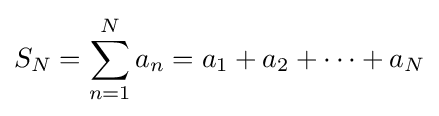
S_{N}=\sum _{n=1}^{N}a_{n}=a_{1}+a_{2}+\cdots +a_{N}